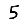
Digit: 5